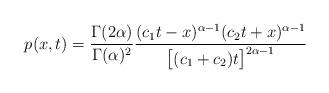
LaTeX: \begin{align*}p(x,t)=\frac{\Gamma(2\alpha)}{\Gamma(\alpha)^2}\frac{(c_1t -x)^{\alpha-1}(c_2t+x)^{\alpha-1}}{\bigl[ (c_1+c_2)t\bigr]^{2\alpha-1}}\end{align*}